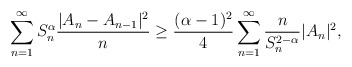
\begin{align*}\displaystyle \sum_{n=1}^{\infty}S_n^{\alpha}\frac{|A_{n}-A_{n-1}|^{2}}{n} &\geq \frac{(\alpha-1)^{2}}{4}\displaystyle \sum_{n=1}^{\infty}\frac{n}{S_n^{2-\alpha}}|A_{n}|^{2},\end{align*}